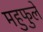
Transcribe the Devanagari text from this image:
महुफुले